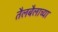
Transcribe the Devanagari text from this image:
तैलबैलाच्या